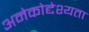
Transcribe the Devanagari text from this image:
अनेकोद्देश्यता